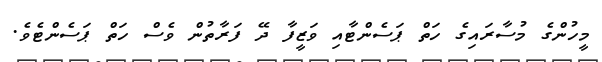
މީހުންގެ މުސާރައިގެ ހަތް ޕަސެންޓާއި ވަޒީފާ ދޭ ފަރާތުން ވެސް ހަތް ޕަސެންޓެވެ.